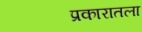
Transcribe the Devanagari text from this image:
प्रकारातला